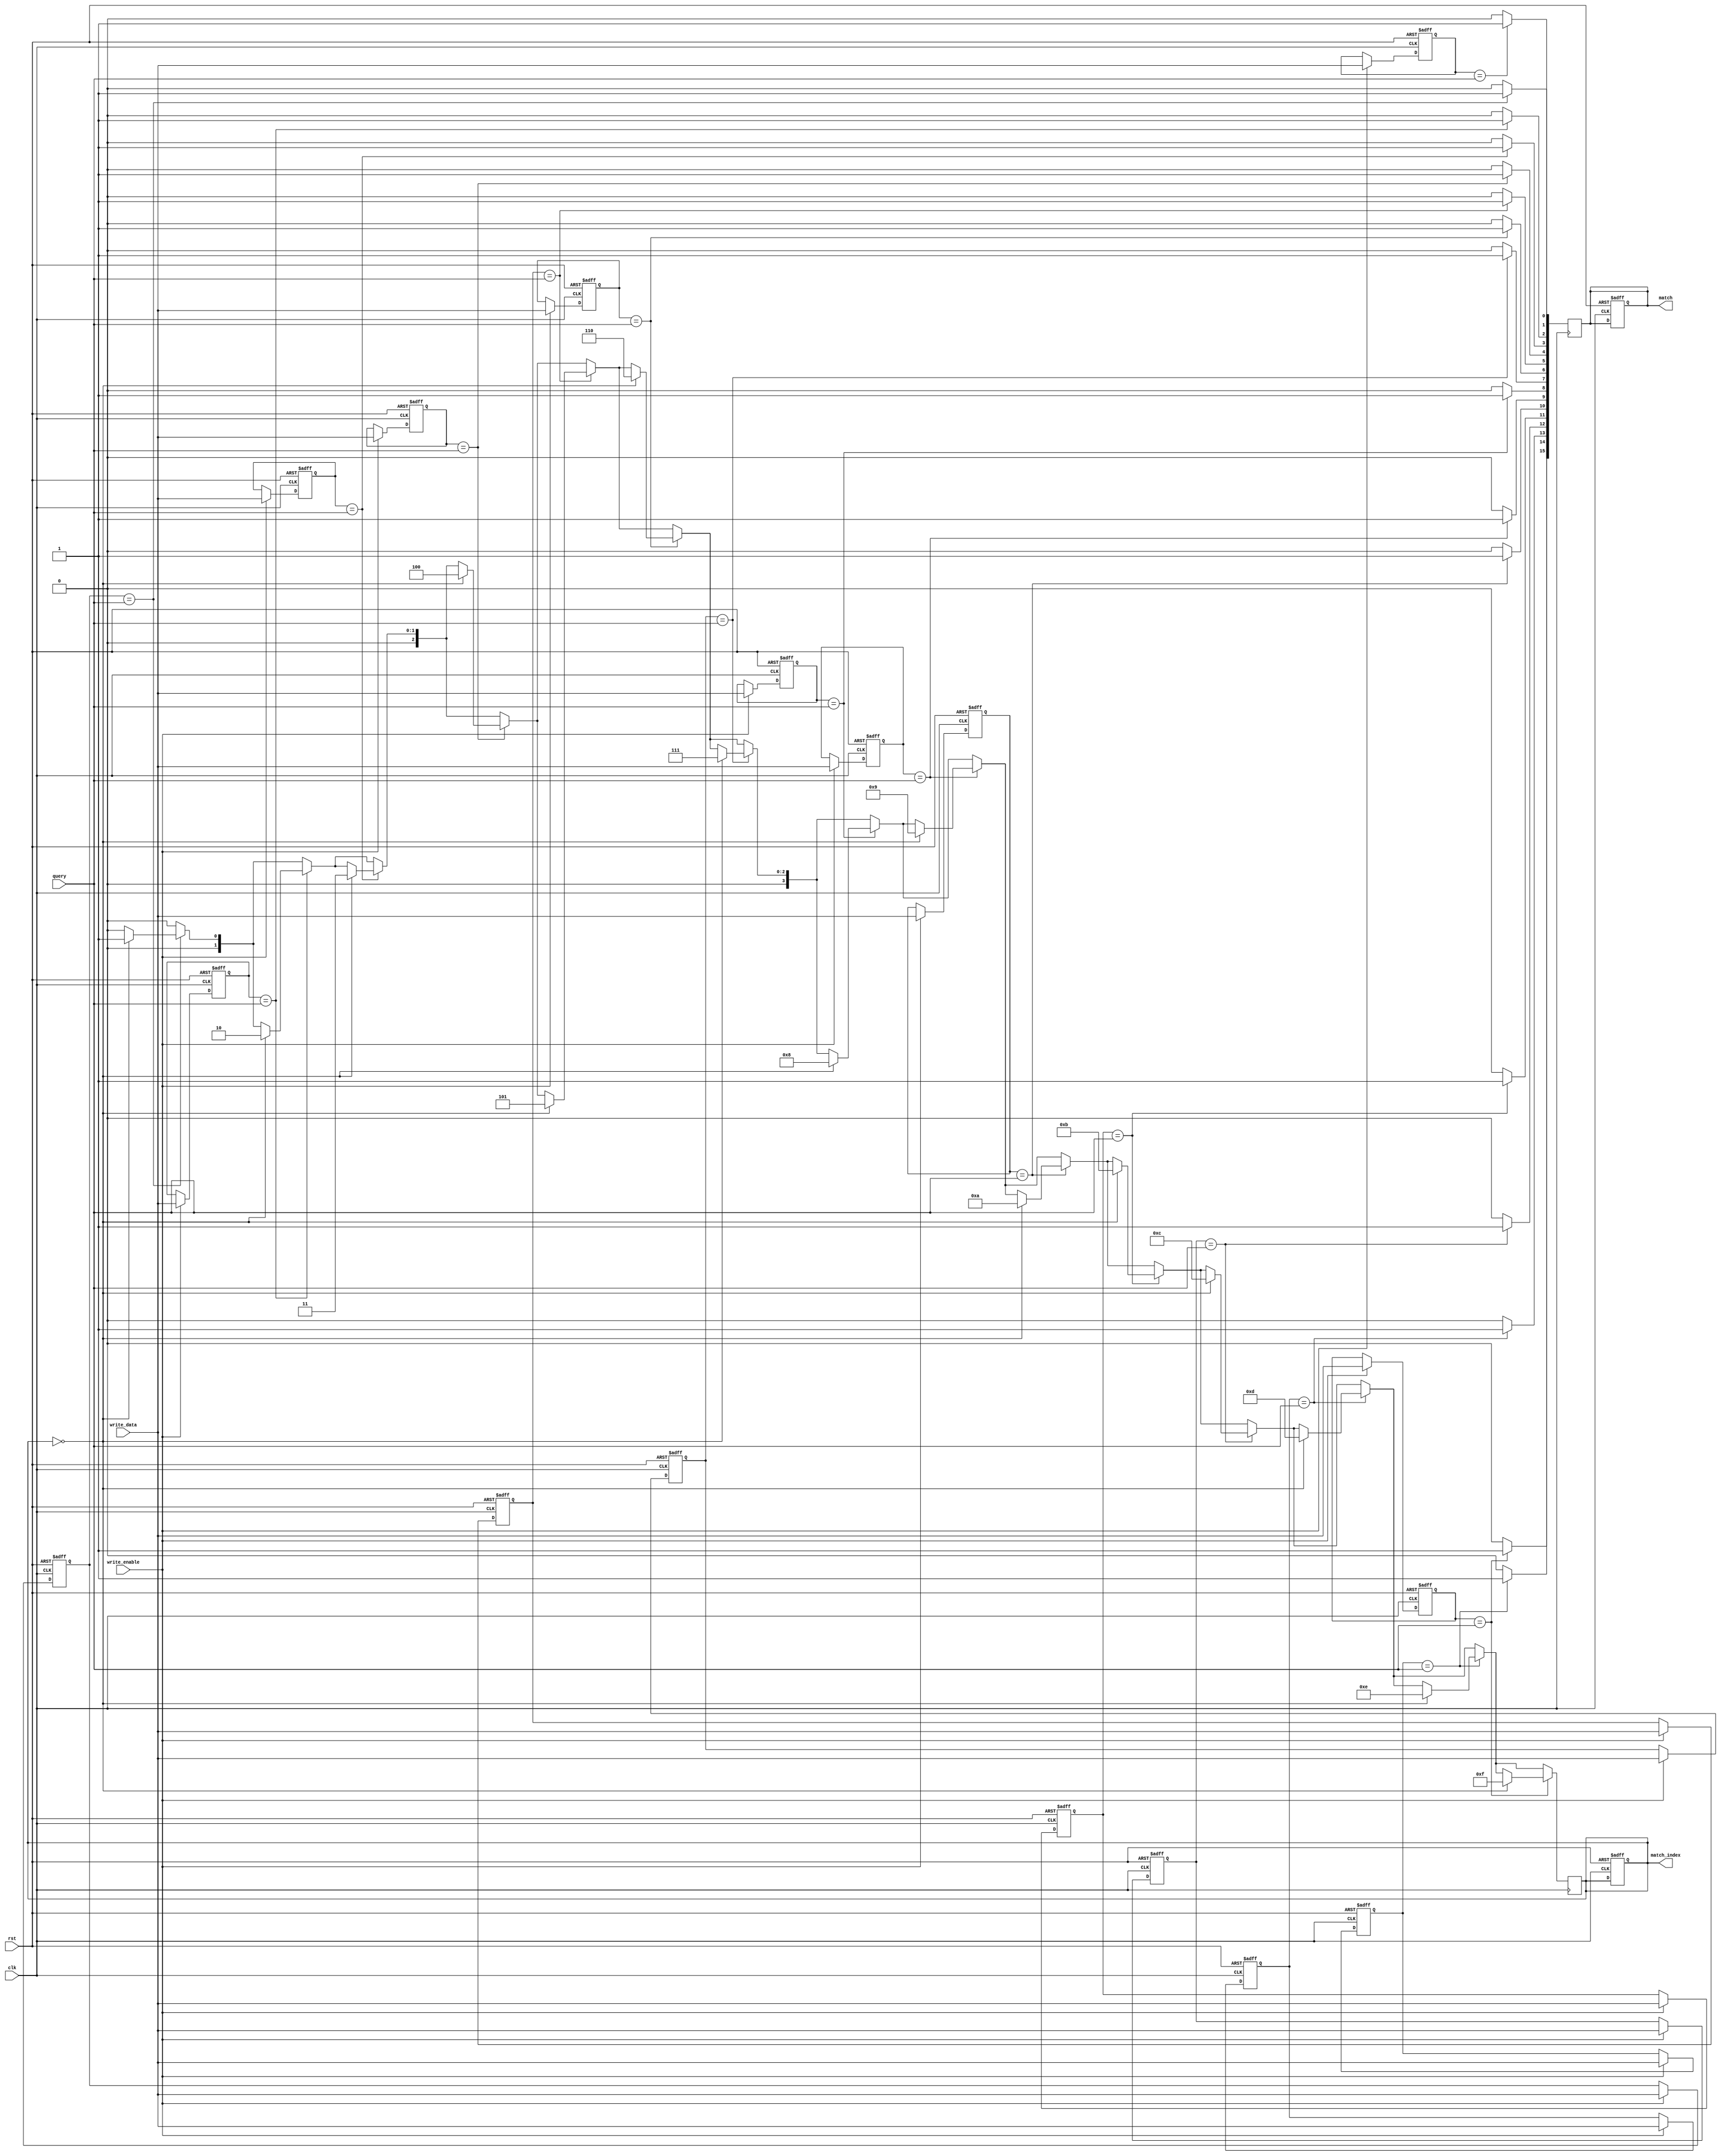
module BCAM #(
    parameter NUM_ENTRIES = 16,  // Number of entries in the BCAM
    parameter DATA_WIDTH = 8      // Width of each binary entry
) (
    input wire clk,                // Clock signal
    input wire rst,                // Reset signal
    input wire [DATA_WIDTH-1:0] query, // Input query
    input wire write_enable,       // Write enable signal
    input wire [DATA_WIDTH-1:0] write_data, // Data to write
    output reg [NUM_ENTRIES-1:0] match, // Match output vector
    output reg [3:0] match_index   // Index of the highest priority match
);

    // Memory array for BCAM
    reg [DATA_WIDTH-1:0] memory [0:NUM_ENTRIES-1];
    integer i;

    // Process for writing data to the BCAM
    always @(posedge clk or posedge rst) begin
        if (rst) begin
            // Reset memory on reset signal
            for (i = 0; i < NUM_ENTRIES; i = i + 1) begin
                memory[i] <= {DATA_WIDTH{1'b0}};
            end
            match <= 0;
            match_index <= 0;
        end else if (write_enable) begin
            // Write data to memory
            for (i = 0; i < NUM_ENTRIES; i = i + 1) begin
                // Example write logic; customize as needed
                memory[i] <= write_data;
            end
        end
    end

    // Process for matching query against memory
    always @(posedge clk) begin
        match <= 0; // Clear match vector
        match_index <= 0; // Clear match index
        for (i = 0; i < NUM_ENTRIES; i = i + 1) begin
            // Compare query with memory entries
            if (memory[i] == query) begin
                match[i] <= 1; // Set match for this entry
                if (match_index == 0) begin
                    match_index <= i; // Set match index for first match
                end
                // Further logic can be implemented to handle multiple matches
            end
        end
    end

endmodule